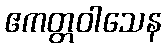
ဧကတ္တဝါသေန